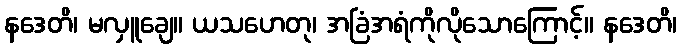
နဒေတိ၊ မလှူချေ။ ယသဟေတု၊ အခြံအရံကိုလိုသောကြောင့်။ နဒေတိ၊